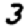
Digit: 3